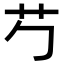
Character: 𬜠